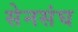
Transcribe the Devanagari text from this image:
सेनसंघ